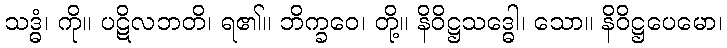
သဒ္ဓံ၊ ကို။ ပဋိလဘတိ၊ ရ၏။ ဘိက္ခဝေ၊ တို့။ နိဝိဋ္ဌသဒ္ဓေါ၊ သော။ နိဝိဋ္ဌပေမော၊